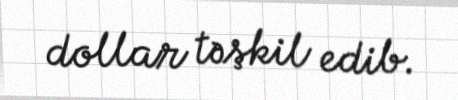
dollar təşkil edib.